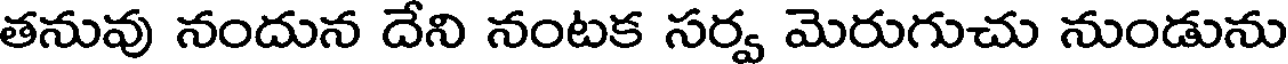
తనువు నందున దేని నంటక సర్వ మెరుగుచు నుండును